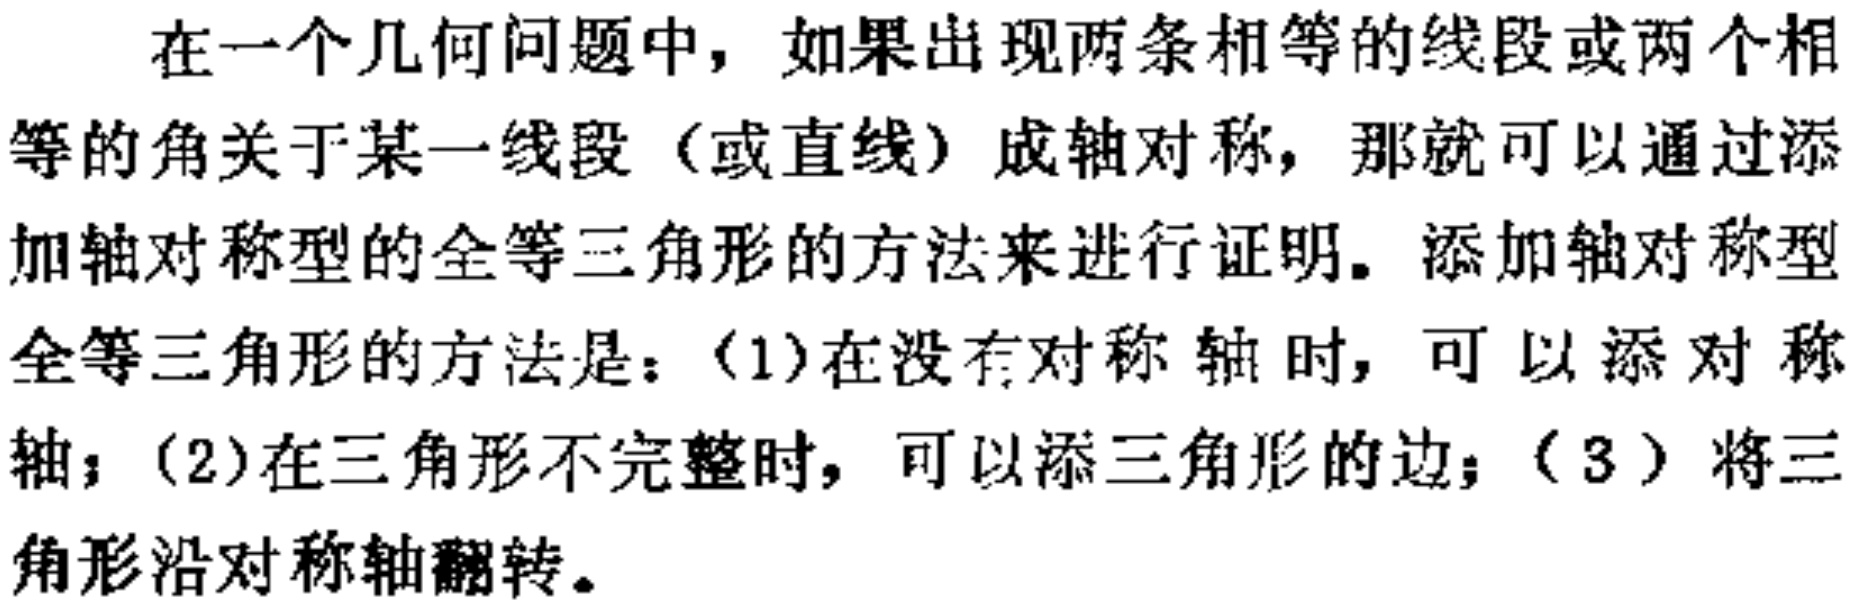
在一个几何问题中，如果出现两条相等的线段或两个相等的角关于某一线段（或直线）成轴对称，那就可以通过添加轴对称型的全等三角形的方法来进行证明。添加轴对称型全等三角形的方法是：（1）在没有对称轴时，可以添对称轴；（2）在三角形不完整时，可以添三角形的边；（3）将三角形沿对称轴翻转。